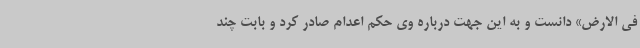
فی الارض» دانست و به این جهت درباره وی حکم اعدام صادر کرد و بابت چند